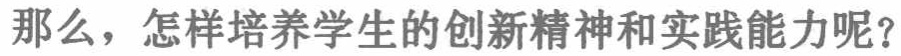
那么，怎样培养学生的创新精神和实践能力呢？